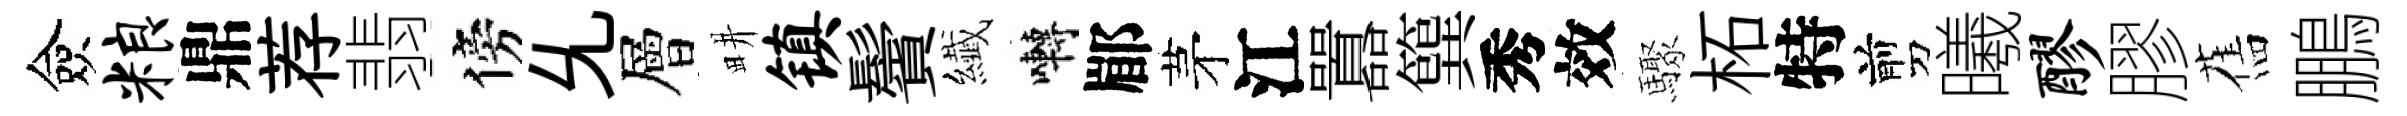
僉粮鼎荐翡傍𠃔層畊镇鬢纎囀郿茅江囂簨秀效驟柘特剪曦醪膠舊鵬